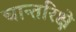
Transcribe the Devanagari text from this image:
चान्तरिक्षे